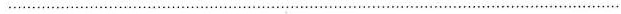
……….